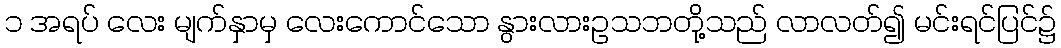
၁ အရပ် လေး မျက်နှာမှ လေးကောင်သော နွားလားဥသဘတို့သည် လာလတ်၍ မင်းရင်ပြင်၌